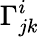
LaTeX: \Gamma_{jk}^{i}